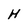
Character: H